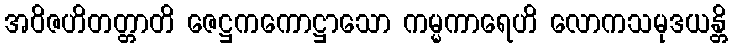
အဝိဇဟိတတ္တာတိ ဇေဋ္ဌကကောဋ္ဌာသော ကမ္မကာရေဟိ လောကသမုဒယန္တိ